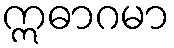
ဣဓာဂမာ